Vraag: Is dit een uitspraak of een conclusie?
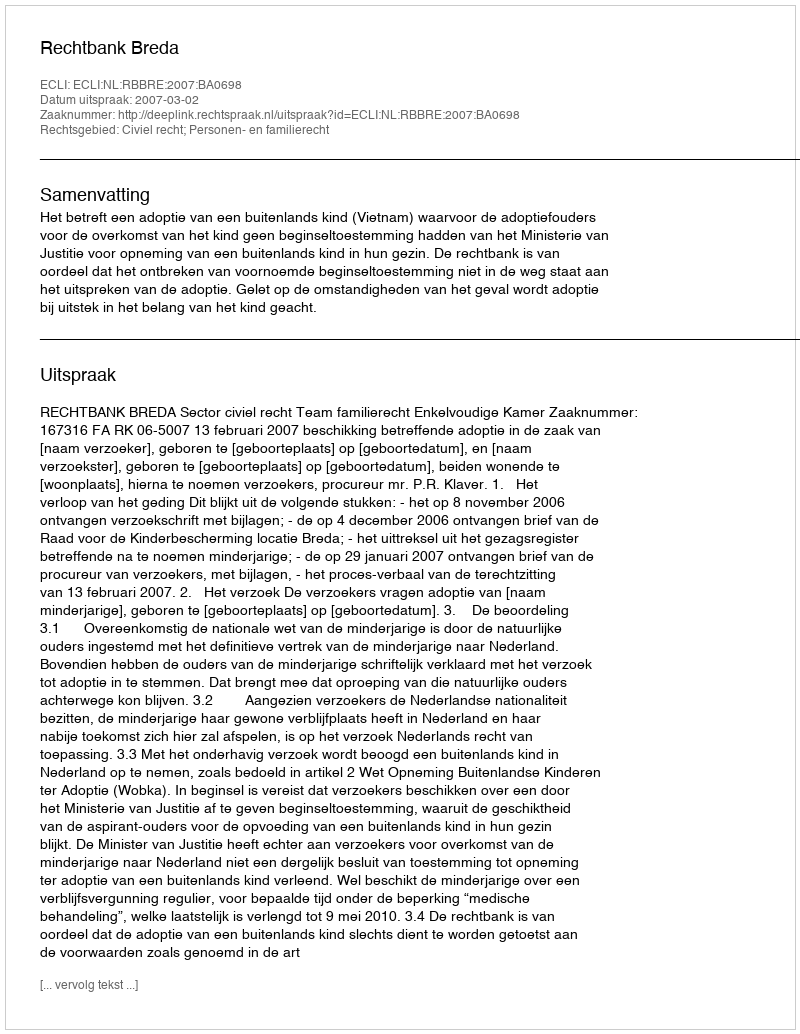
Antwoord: Uitspraak